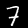
Digit: 7